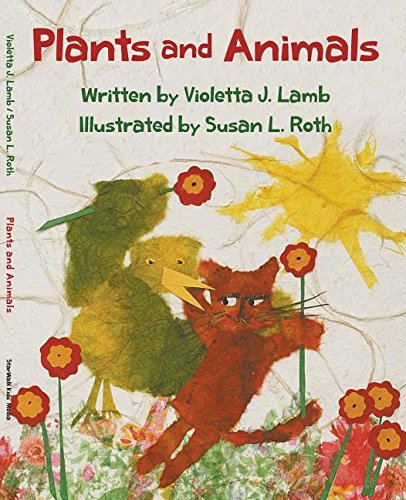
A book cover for Plants and Animals; Violetta J Lamb; Children's Books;